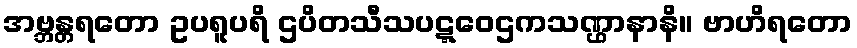
အဗ္ဘန္တရတော ဥပရူပရိ ဌပိတသီသပဋ္ဋဝေဌကသဏ္ဌာနာနိ။ ဗာဟိရတော